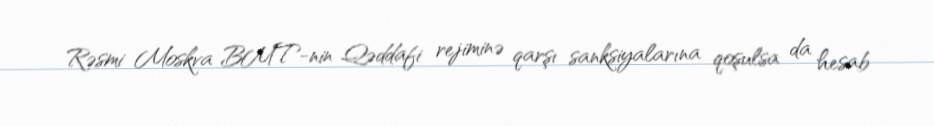
Rəsmi Moskva BMT-nin Qəddafi rejiminə qarşı sanksiyalarına qoşulsa da hesab